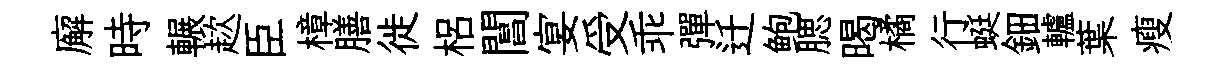
廨時輾趑臣樟膳徙梠閶宴受乖彈迁鲍腮暍橘行蜓鈿轤葉瘦